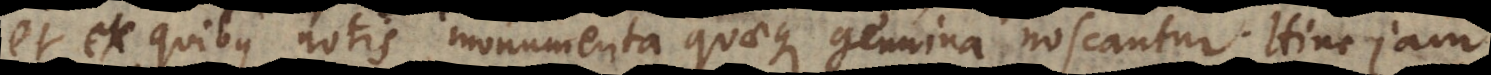
et ex quibus notis monumenta quaeque genuina noscantur. Hinc jam